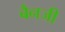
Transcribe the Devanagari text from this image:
बैनजी